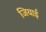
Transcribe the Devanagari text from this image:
जियाई